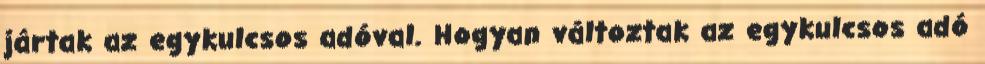
jártak az egykulcsos adóval. Hogyan változtak az egykulcsos adó